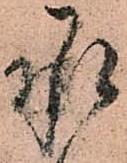
承